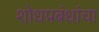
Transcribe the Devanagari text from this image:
शोधप्रबंधांचा